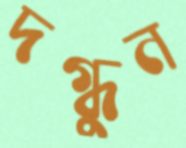
দগ্ধুন